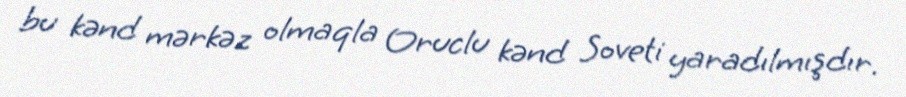
bu kənd mərkəz olmaqla Oruclu kənd Soveti yaradılmışdır.